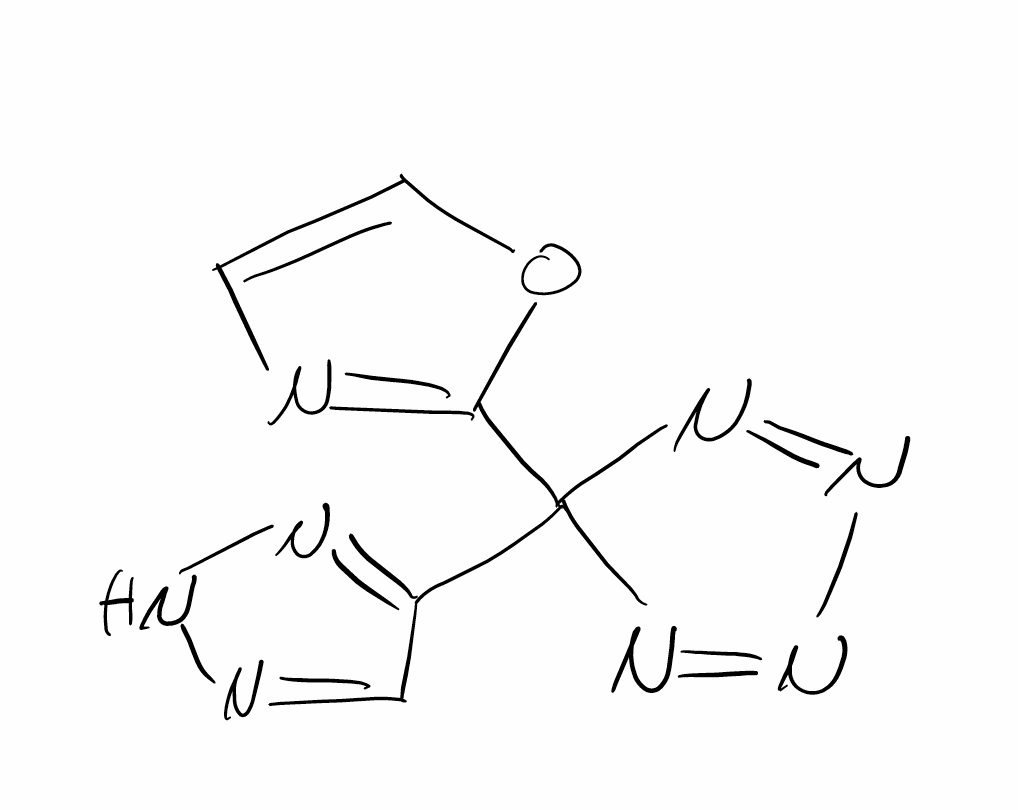
Simplified molecular-input line-entry system (SMILES) notation of the given molecule:
C1=COC(=N1)C2(N=NN=N2)C3=NNN=C3